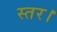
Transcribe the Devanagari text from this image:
स्तर।